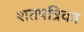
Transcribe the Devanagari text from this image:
शतपत्रिका